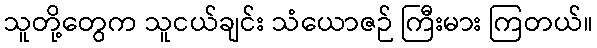
သူတို့တွေက သူငယ်ချင်း သံယောဇဉ် ကြီးမား ကြတယ်။